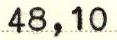
48,10